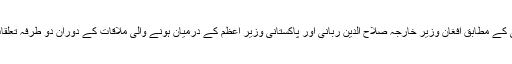
پاکستان کی سرکاری خبررساں ایجنسی اے پی پی کے مطابق افغان وزیر خارجہ صلاح الدین ربانی اور پاکستانی وزیر اعظم کے درمیان ہونے والی ملاقات کے دوران دو طرفہ تعلقات اور باہمی دلچسپی کے امور پر تبادلہٴ خیال ہوا۔